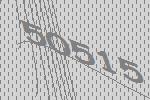
50515